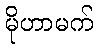
မိုဟာမက်